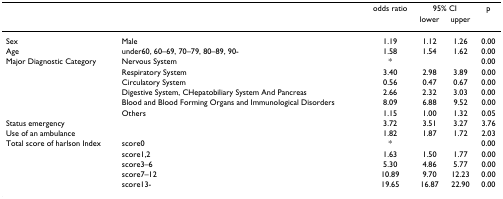
<table><thead><tr><td></td><td></td><td><b>odds ratio</b></td><td colspan="2"><b>95% CI</b></td><td><b>p</b></td></tr><tr><td></td><td></td><td></td><td><b>lower</b></td><td><b>upper</b></td><td></td></tr></thead><tbody><tr><td>Sex</td><td>Male</td><td>1.19</td><td>1.12</td><td>1.26</td><td>0.00</td></tr><tr><td>Age</td><td>under60, 60–69, 70–79, 80–89, 90-</td><td>1.58</td><td>1.54</td><td>1.62</td><td>0.00</td></tr><tr><td>Major Diagnostic Category</td><td>Nervous System</td><td>*</td><td></td><td></td><td>0.00</td></tr><tr><td></td><td>Respiratory System</td><td>3.40</td><td>2.98</td><td>3.89</td><td>0.00</td></tr><tr><td></td><td>Circulatory System</td><td>0.56</td><td>0.47</td><td>0.67</td><td>0.00</td></tr><tr><td></td><td>Digestive System, CHepatobiliary System And Pancreas</td><td>2.66</td><td>2.32</td><td>3.03</td><td>0.00</td></tr><tr><td></td><td>Blood and Blood Forming Organs and Immunological Disorders</td><td>8.09</td><td>6.88</td><td>9.52</td><td>0.00</td></tr><tr><td></td><td>Others</td><td>1.15</td><td>1.00</td><td>1.32</td><td>0.05</td></tr><tr><td>Status emergency</td><td></td><td>3.72</td><td>3.51</td><td>3.27</td><td>3.76</td></tr><tr><td>Use of an ambulance</td><td></td><td>1.82</td><td>1.87</td><td>1.72</td><td>2.03</td></tr><tr><td>Total score of harlson Index</td><td>score0</td><td>*</td><td></td><td></td><td>0.00</td></tr><tr><td></td><td>score1,2</td><td>1.63</td><td>1.50</td><td>1.77</td><td>0.00</td></tr><tr><td></td><td>score3–6</td><td>5.30</td><td>4.86</td><td>5.77</td><td>0.00</td></tr><tr><td></td><td>score7–12</td><td>10.89</td><td>9.70</td><td>12.23</td><td>0.00</td></tr><tr><td></td><td>score13-</td><td>19.65</td><td>16.87</td><td>22.90</td><td>0.00</td></tr></tbody></table>